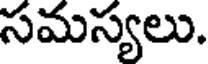
సమస్యలు.